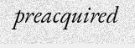
preacquired